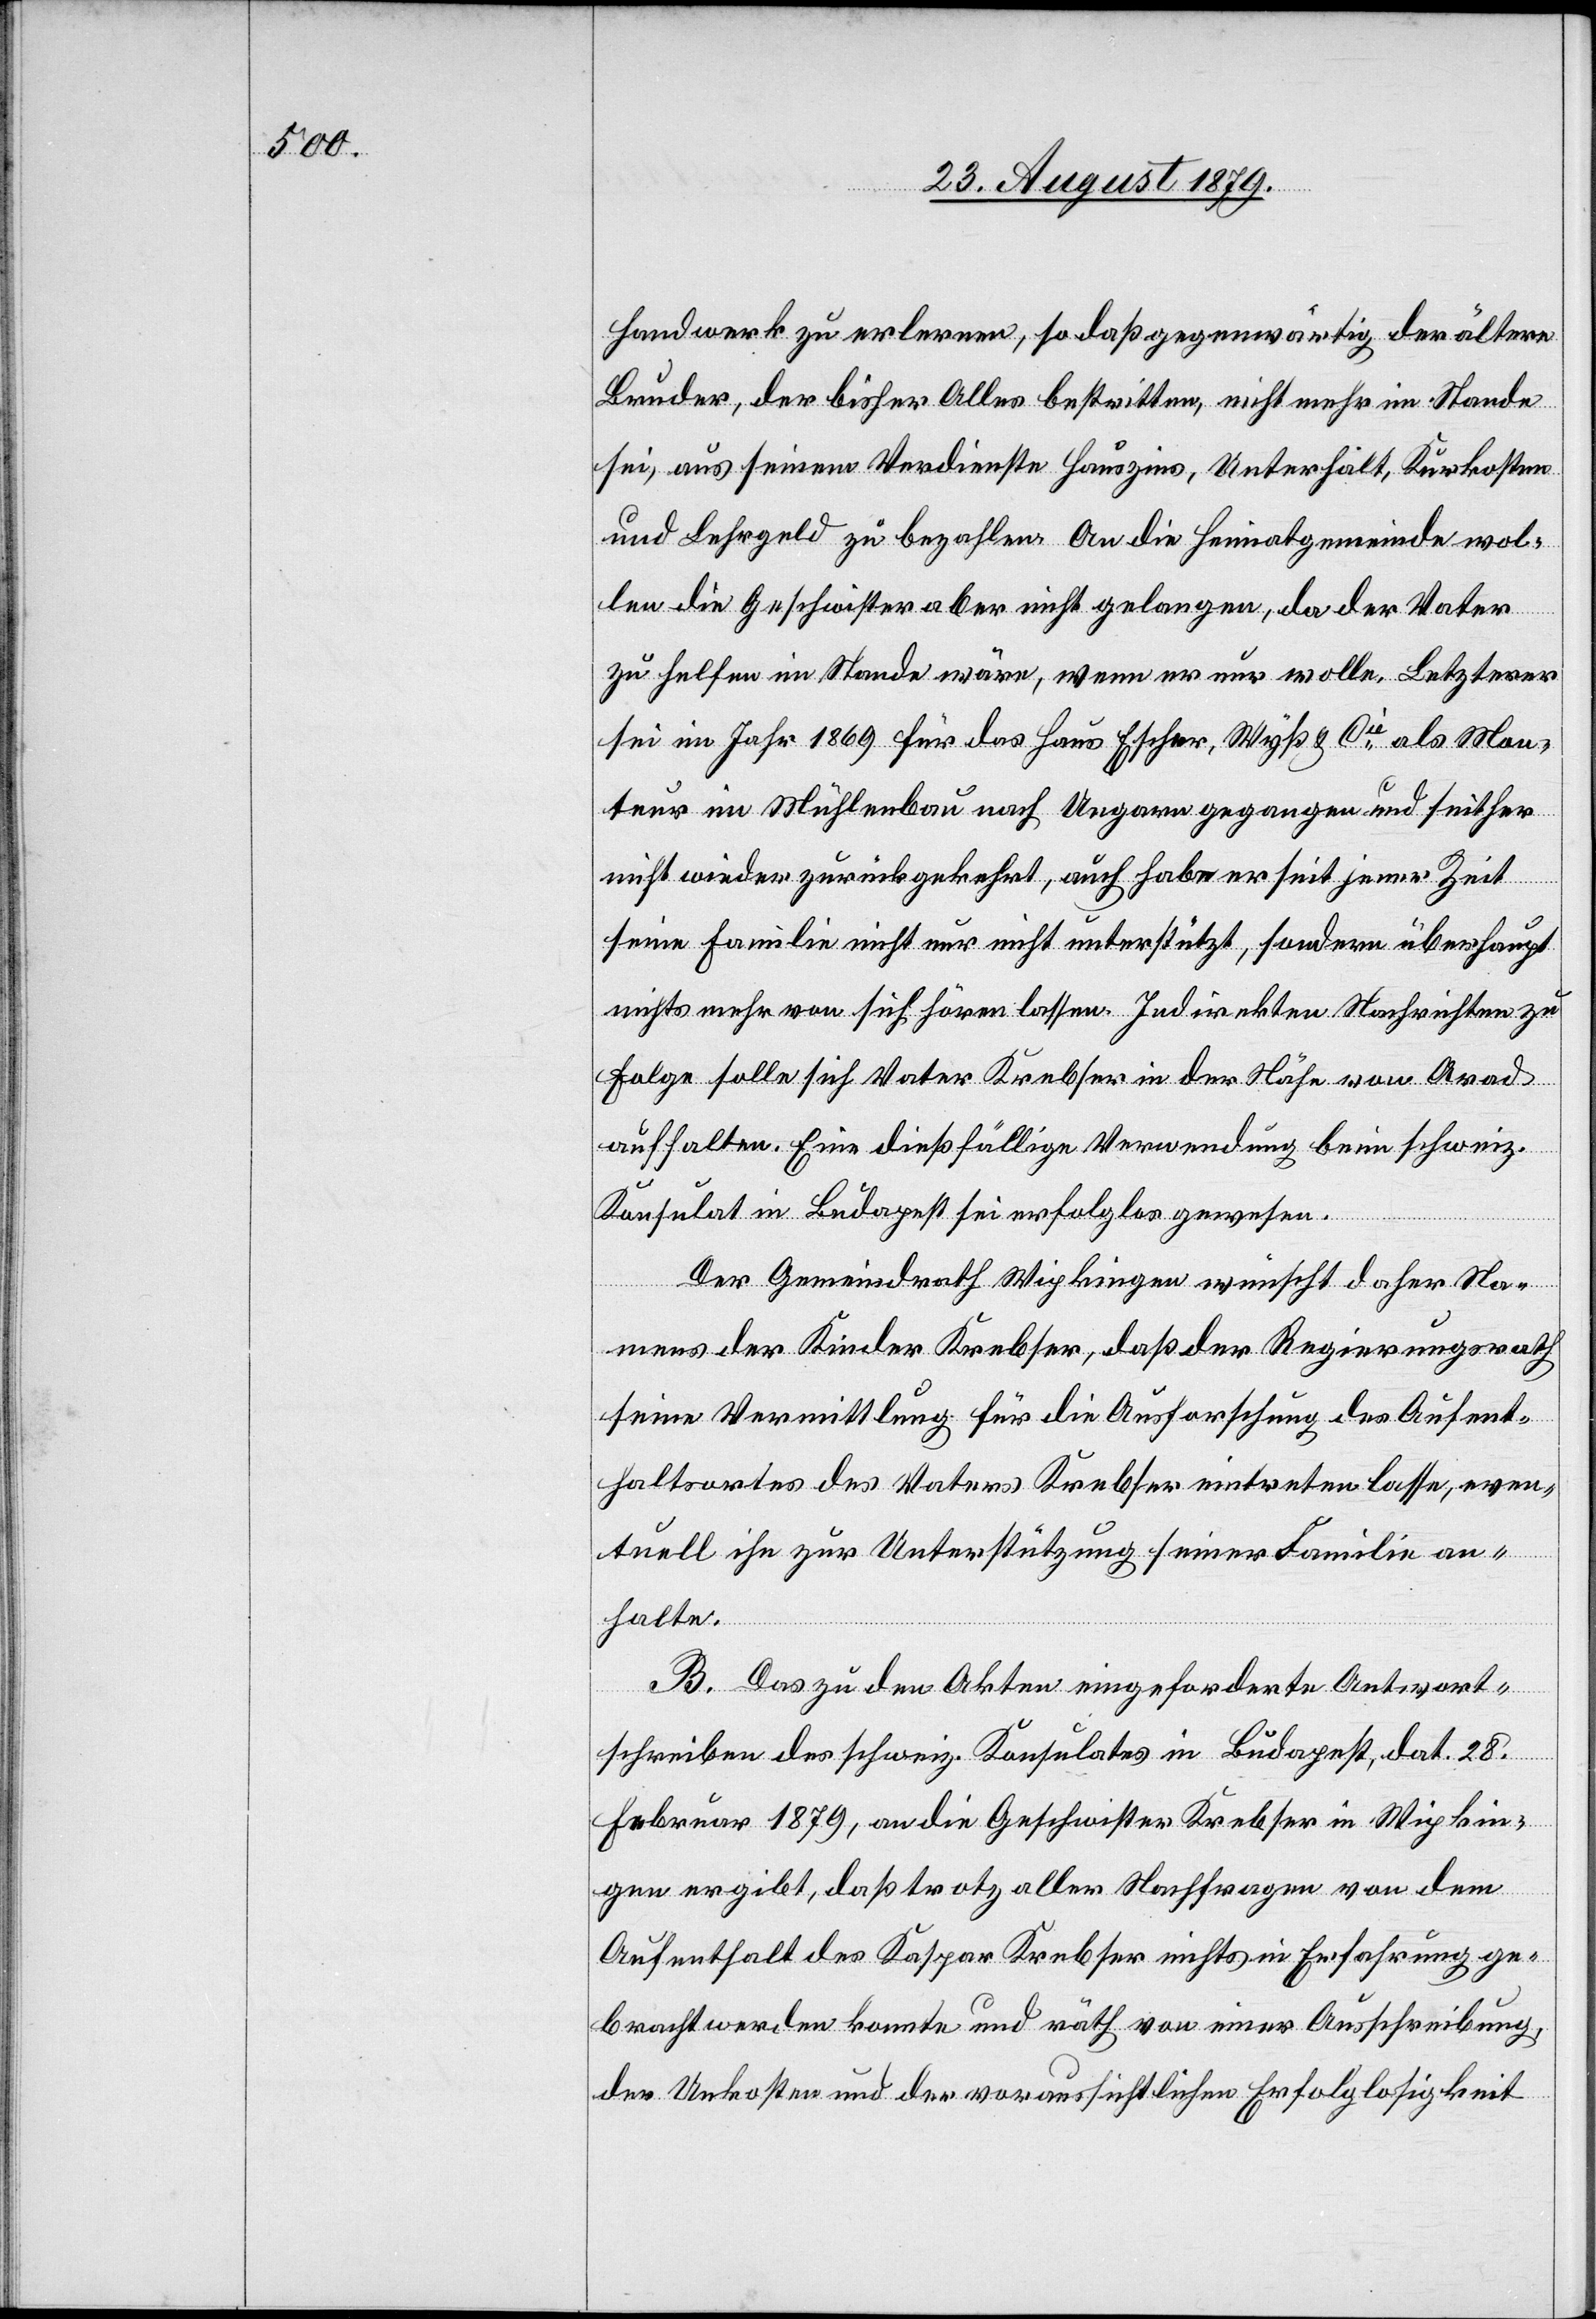
Handwerk zu erlernen, so daß gegenwärtig der ältere
Bruder, der bisher Alles bestritten, nicht mehr im Stande
sei, aus seinem Verdienste Hauszins, Unterhalt, Kurkosten
und Lehrgeld zu bezahlen. An die Heimatgemeinde wol¬
len die Geschwister aber nicht gelangen, da der Vater
zu helfen im Stande wäre, wenn er nur wolle. Letzterer
sei im Jahr 1869 für das Haus Escher, Wyß & Cie als Mon¬
teur im Mühlenbau nach Ungarn gegangen und seither
nicht wieder zurückgekehrt, auch habe er seit jener Zeit
seine Familie nicht nur nicht unterstützt, sondern überhaupt
nichts mehr von sich hören lassen. Indirekten Nachrichten zu
Folge solle sich Vater Krebser in der Nähe von Arad
aufhalten. Eine dießfällige Verwendung beim schweiz.
Konsulat in Budapest sei erfolglos gewesen.
Der Gemeindrath Wipkingen wünscht daher Na¬
mens der Kinder Krebser, daß der Regierungsrath
seine Vermittlung für die Ausforschung des Aufent¬
haltsortes des Vaters Krebser eintreten lasse, even¬
tuell ihn zur Unterstützung seiner Familie an¬
halte.
B. Das zu den Akten eingeforderte Antwort¬
schreiben des schweiz. Konsulates in Budapest, dat. 28.
Februar 1879, an die Geschwister Krebser in Wipkin¬
gen ergibt, daß trotz aller Nachfragen von dem
Aufenthalt des Kaspar Krebser nichts in Erfahrung ge¬
bracht werden konnte und räth von einer Ausschreibung,
der Unkosten und der voraussichtlichen Erfolglosigkeit